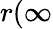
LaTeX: r(\infty